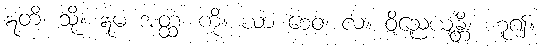
ဣတိ၊ သို့။ ဣမံ အတ္ထံ၊ ကို။ ယာ စေဝ၊ လ။ ဝိညေယျန္တိ၊ ဟူ၍။